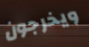
ويخرجون